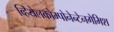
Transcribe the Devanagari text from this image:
व्हियेलकोम्पोनेन्टेनगेमिश